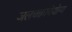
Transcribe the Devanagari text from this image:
जलचक्राचेयोग्य